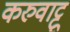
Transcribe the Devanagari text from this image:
करुवाट्टू